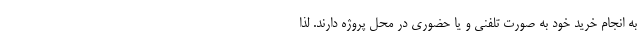
به انجام خرید خود به صورت تلفنی و یا حضوری در محل پروژه دارند. لذا